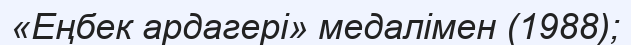
«Еңбек ардагері» медалімен (1988);